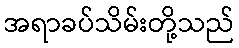
အရာခပ်သိမ်းတို့သည်